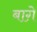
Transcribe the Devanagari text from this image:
बाग़े